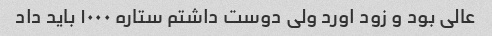
عالی بود و زود اورد ولی دوست داشتم ستاره ۱۰۰۰ باید داد